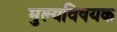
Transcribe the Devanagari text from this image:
मुल्यविषयक